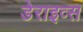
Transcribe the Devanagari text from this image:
डेराइव्स